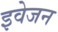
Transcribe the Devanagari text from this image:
इवेजन